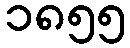
၁၈၅၅